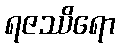
ရဇဿိရော